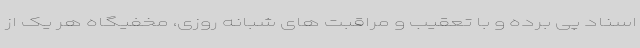
اسناد پی برده و با تعقیب و مراقبت های شبانه روزی، مخفیگاه هر یک از